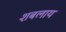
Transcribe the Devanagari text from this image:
शबलाय